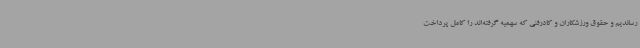
رساندیم و حقوق ورزشکاران و کادرفنی که سهمیه گرفته‌اند را کامل پرداخت